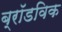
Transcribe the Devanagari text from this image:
ब्रॉडविक